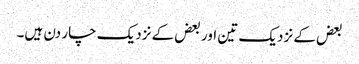
بعض کے نزدیک تین اور بعض کے نزدیک چار دن ہیں۔